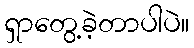
ရှာတွေ့ခဲ့တာပါပဲ။